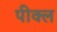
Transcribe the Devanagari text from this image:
पीक्ल